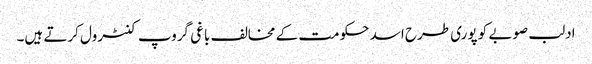
ادلب صوبے کو پوری طرح اسد حکومت کے مخالف باغی گروپ کنٹرول کرتے ہیں۔